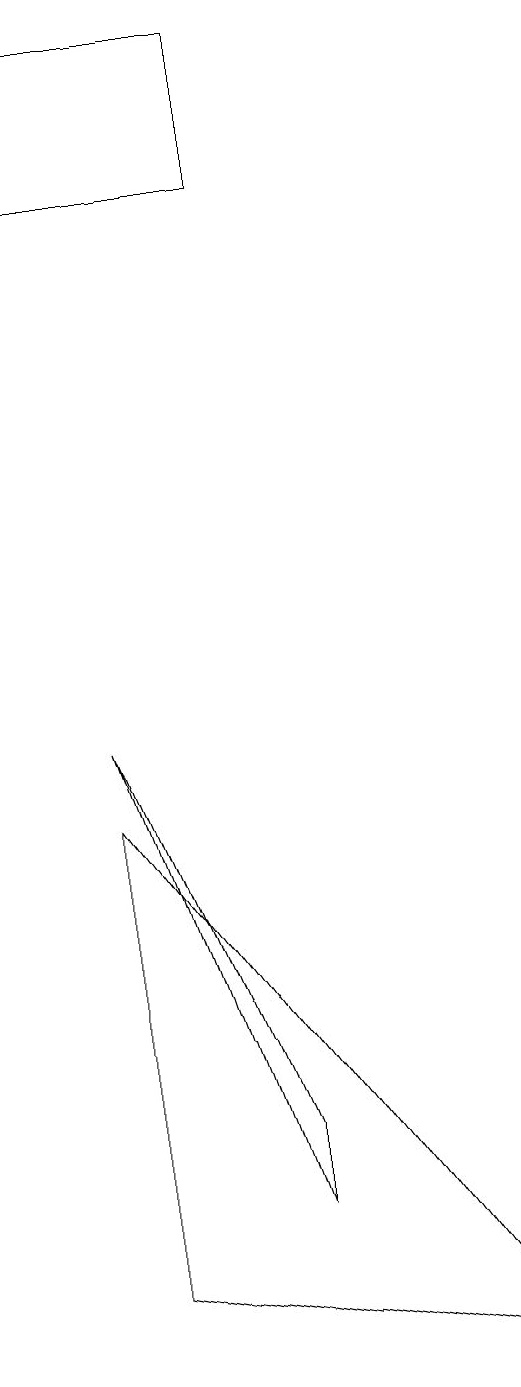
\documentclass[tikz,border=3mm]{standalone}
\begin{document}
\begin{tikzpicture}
\draw (2,1) -- (2,7) -- (7,0) -- cycle;
\draw (4,2) -- (2,8) -- (4,3) -- cycle;
\draw (4,17) rectangle (1,15);
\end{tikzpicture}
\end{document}